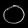
Digit: ၀